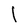
Character: l